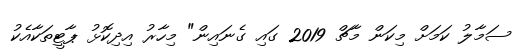
ސަމާލު ކަމަަށް މިކަން މާޗް 2019 ގައި ގެނައިން" މިހާރު އިދިކޮޅު ޕާޓީތަކާއެކު